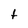
Character: t